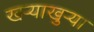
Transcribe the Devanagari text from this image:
खर्‍याखुर्‍या